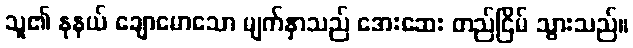
သူ၏ နုနယ် ချောမောသော မျက်နှာသည် အေးဆေး တည်ငြိမ် သွားသည်။